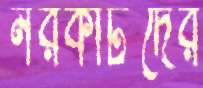
নরকীটদের